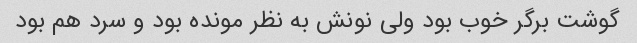
گوشت برگر خوب بود ولی نونش به نظر مونده بود و سرد هم بود